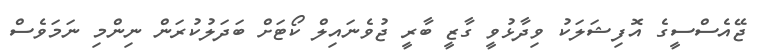
ޖޭއެސްސީގެ އޮފިޝަލަކު ވިދާޅުވީ ގާޒީ ބާރީ ޖުވެނައިލް ކޯޓަށް ބަދަލުކުރަން ނިންމި ނަމަވެސް